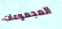
المجموعات